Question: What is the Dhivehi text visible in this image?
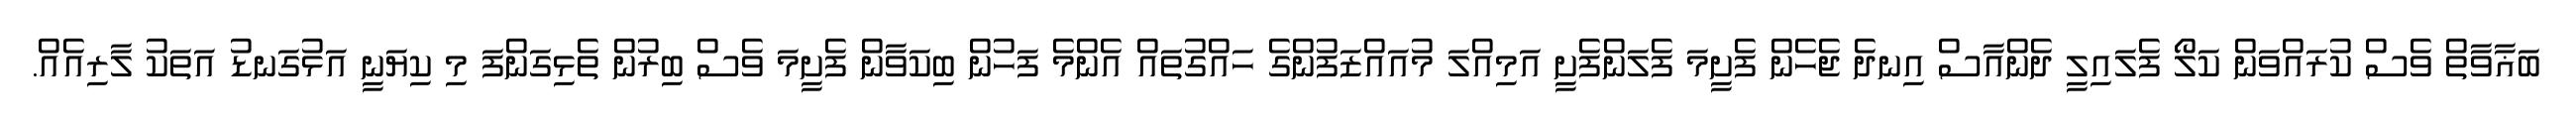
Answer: ބަޣާވާތް ވެސް ކުރައްވަން ކަލޯ ފެލައިލީ ދެންއާސް އިނދެ ޖެހެން ފެށީމަ ފެލަންފެށީ އަމިއްލަ މުއައްޒަފުންގެ ހައްގުތައް އެންމެ ފަހުން ބިކަވާން ފެށީމަ ވެސް ބިރުން ތެޅިގަންފަ މި ކިޔަނީ އަޅުގަނޑު އަތަކު ލާރިއެއް.